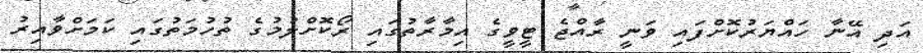
އަދި އޭނާ ހައްޔަރުކޮށްފައި ވަނީ ރާއްޖެ ޓީވީގެ އިމާރާތުގައި ރޯކޮށްލުމުގެ ތުހުމަތުގައި ކަމަށްވާއިރު